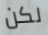
لكن